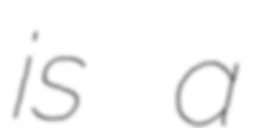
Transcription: is a